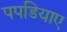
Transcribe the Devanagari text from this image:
पपडियाए